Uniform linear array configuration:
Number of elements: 8
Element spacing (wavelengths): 1
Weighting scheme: uniform
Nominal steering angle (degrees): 60
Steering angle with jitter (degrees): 58.75
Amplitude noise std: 0.05
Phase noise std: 0.05

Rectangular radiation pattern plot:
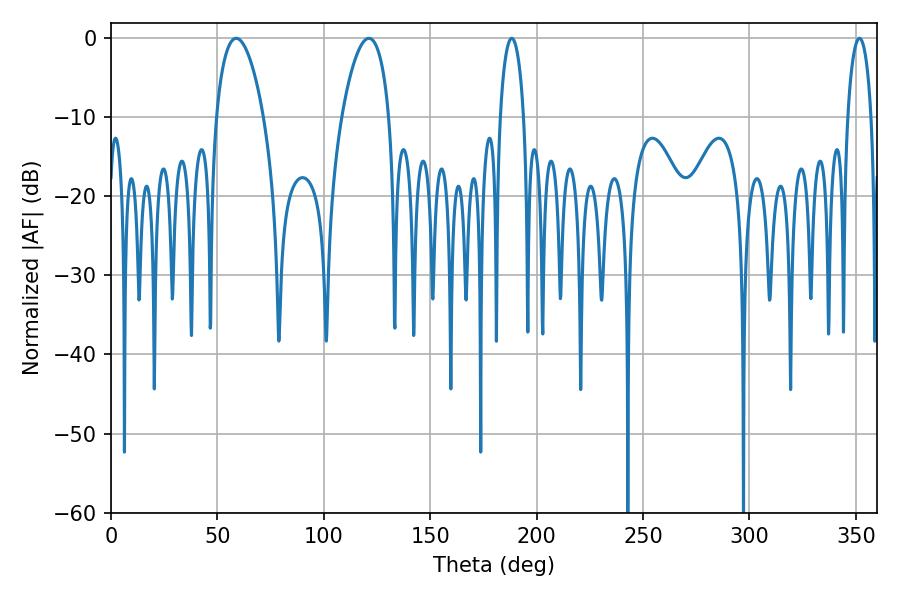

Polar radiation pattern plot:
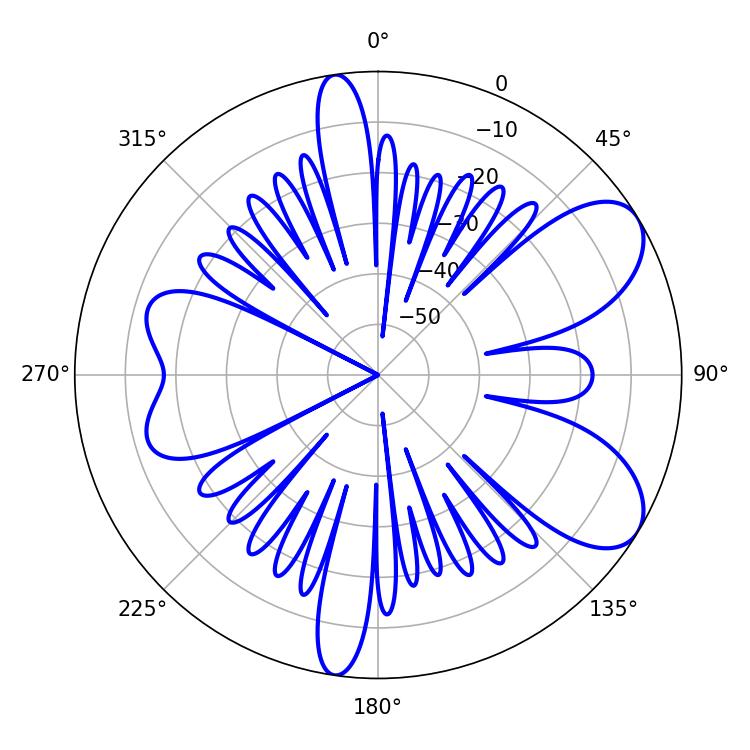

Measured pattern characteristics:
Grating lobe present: TRUE
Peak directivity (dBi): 7.752
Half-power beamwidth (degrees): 12.6
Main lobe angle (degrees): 58.86